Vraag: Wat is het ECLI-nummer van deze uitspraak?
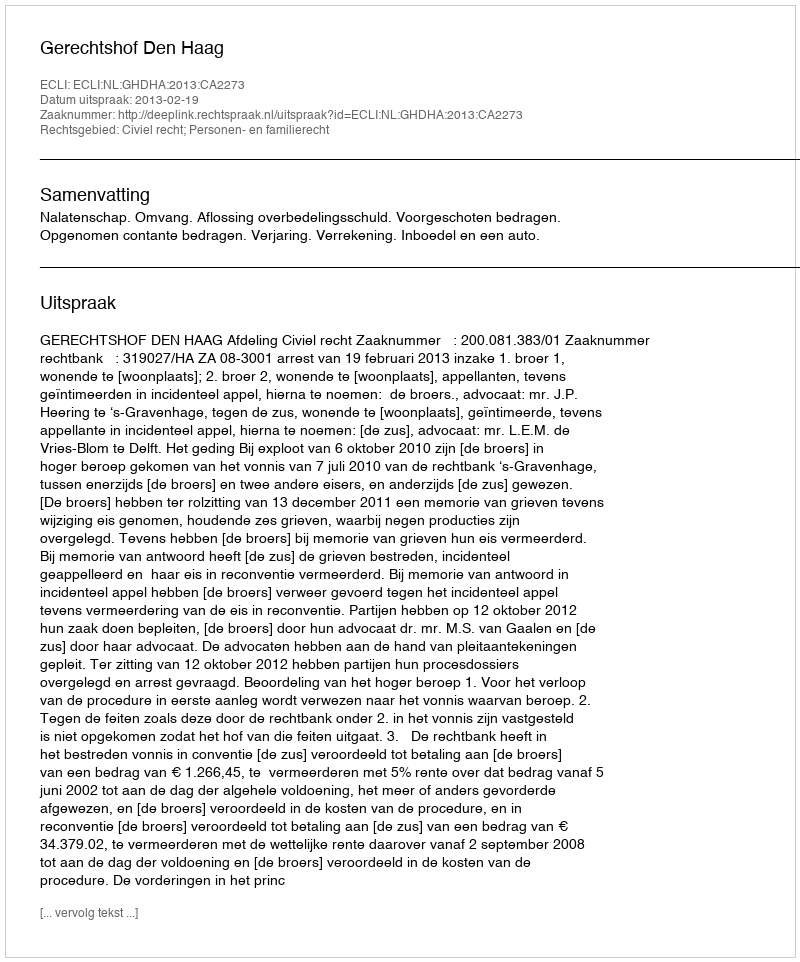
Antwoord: ECLI:NL:GHDHA:2013:CA2273